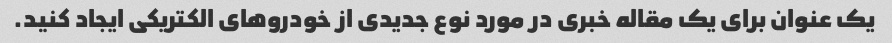
یک عنوان برای یک مقاله خبری در مورد نوع جدیدی از خودروهای الکتریکی ایجاد کنید.